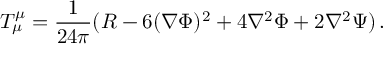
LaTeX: T _ { \mu } ^ { \mu } = \frac { 1 } { 2 4 \pi } ( R - 6 ( \nabla \Phi ) ^ { 2 } + 4 \nabla ^ { 2 } \Phi + 2 \nabla ^ { 2 } \Psi ) \, .